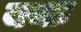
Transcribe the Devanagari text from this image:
यथाः